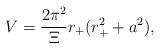
LaTeX: \begin{align*}V = \frac{2 \pi^2}{\Xi} r_{+} (r_{+}^2 + a^2),\end{align*}